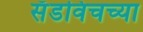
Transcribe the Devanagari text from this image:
सँडविचच्या